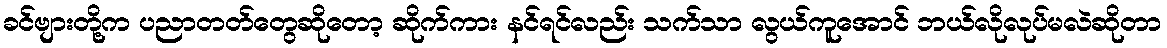
ခင်ဗျားတို့က ပညာတတ်တွေဆိုတော့ ဆိုက်ကား နင်ရင်လည်း သက်သာ လွယ်ကူအောင် ဘယ်လိုလုပ်မလဲဆိုတာ